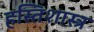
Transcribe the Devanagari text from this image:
हस्तिशास्त्र